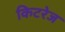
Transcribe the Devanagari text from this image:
किटरेज